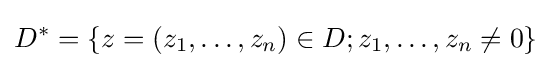
D^{*}=\{z=(z_{1},\dots ,z_{n})\in D;z_{1},\dots ,z_{n}\neq 0\}